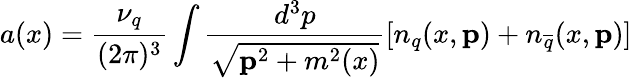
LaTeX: a(x)=\frac{\nu_{q}}{(2\pi)^{3}}\int\frac{d^{3}p}{\sqrt{{\mathbf p}^{2}+m^{2}(x)}}[n_{q}(x,{\mathbf p})+n_{\overline{{{q}}}}(x,{\mathbf p})]